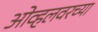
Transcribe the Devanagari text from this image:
ओव्हलवरच्या